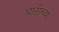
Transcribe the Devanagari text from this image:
घाटीच्या